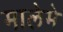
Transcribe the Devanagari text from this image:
मालेमे